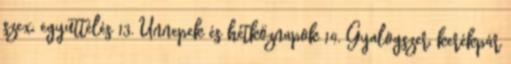
szex, együttélés 13. Ünnepek és hétköznapok 14. Gyalogszer, kerékpár